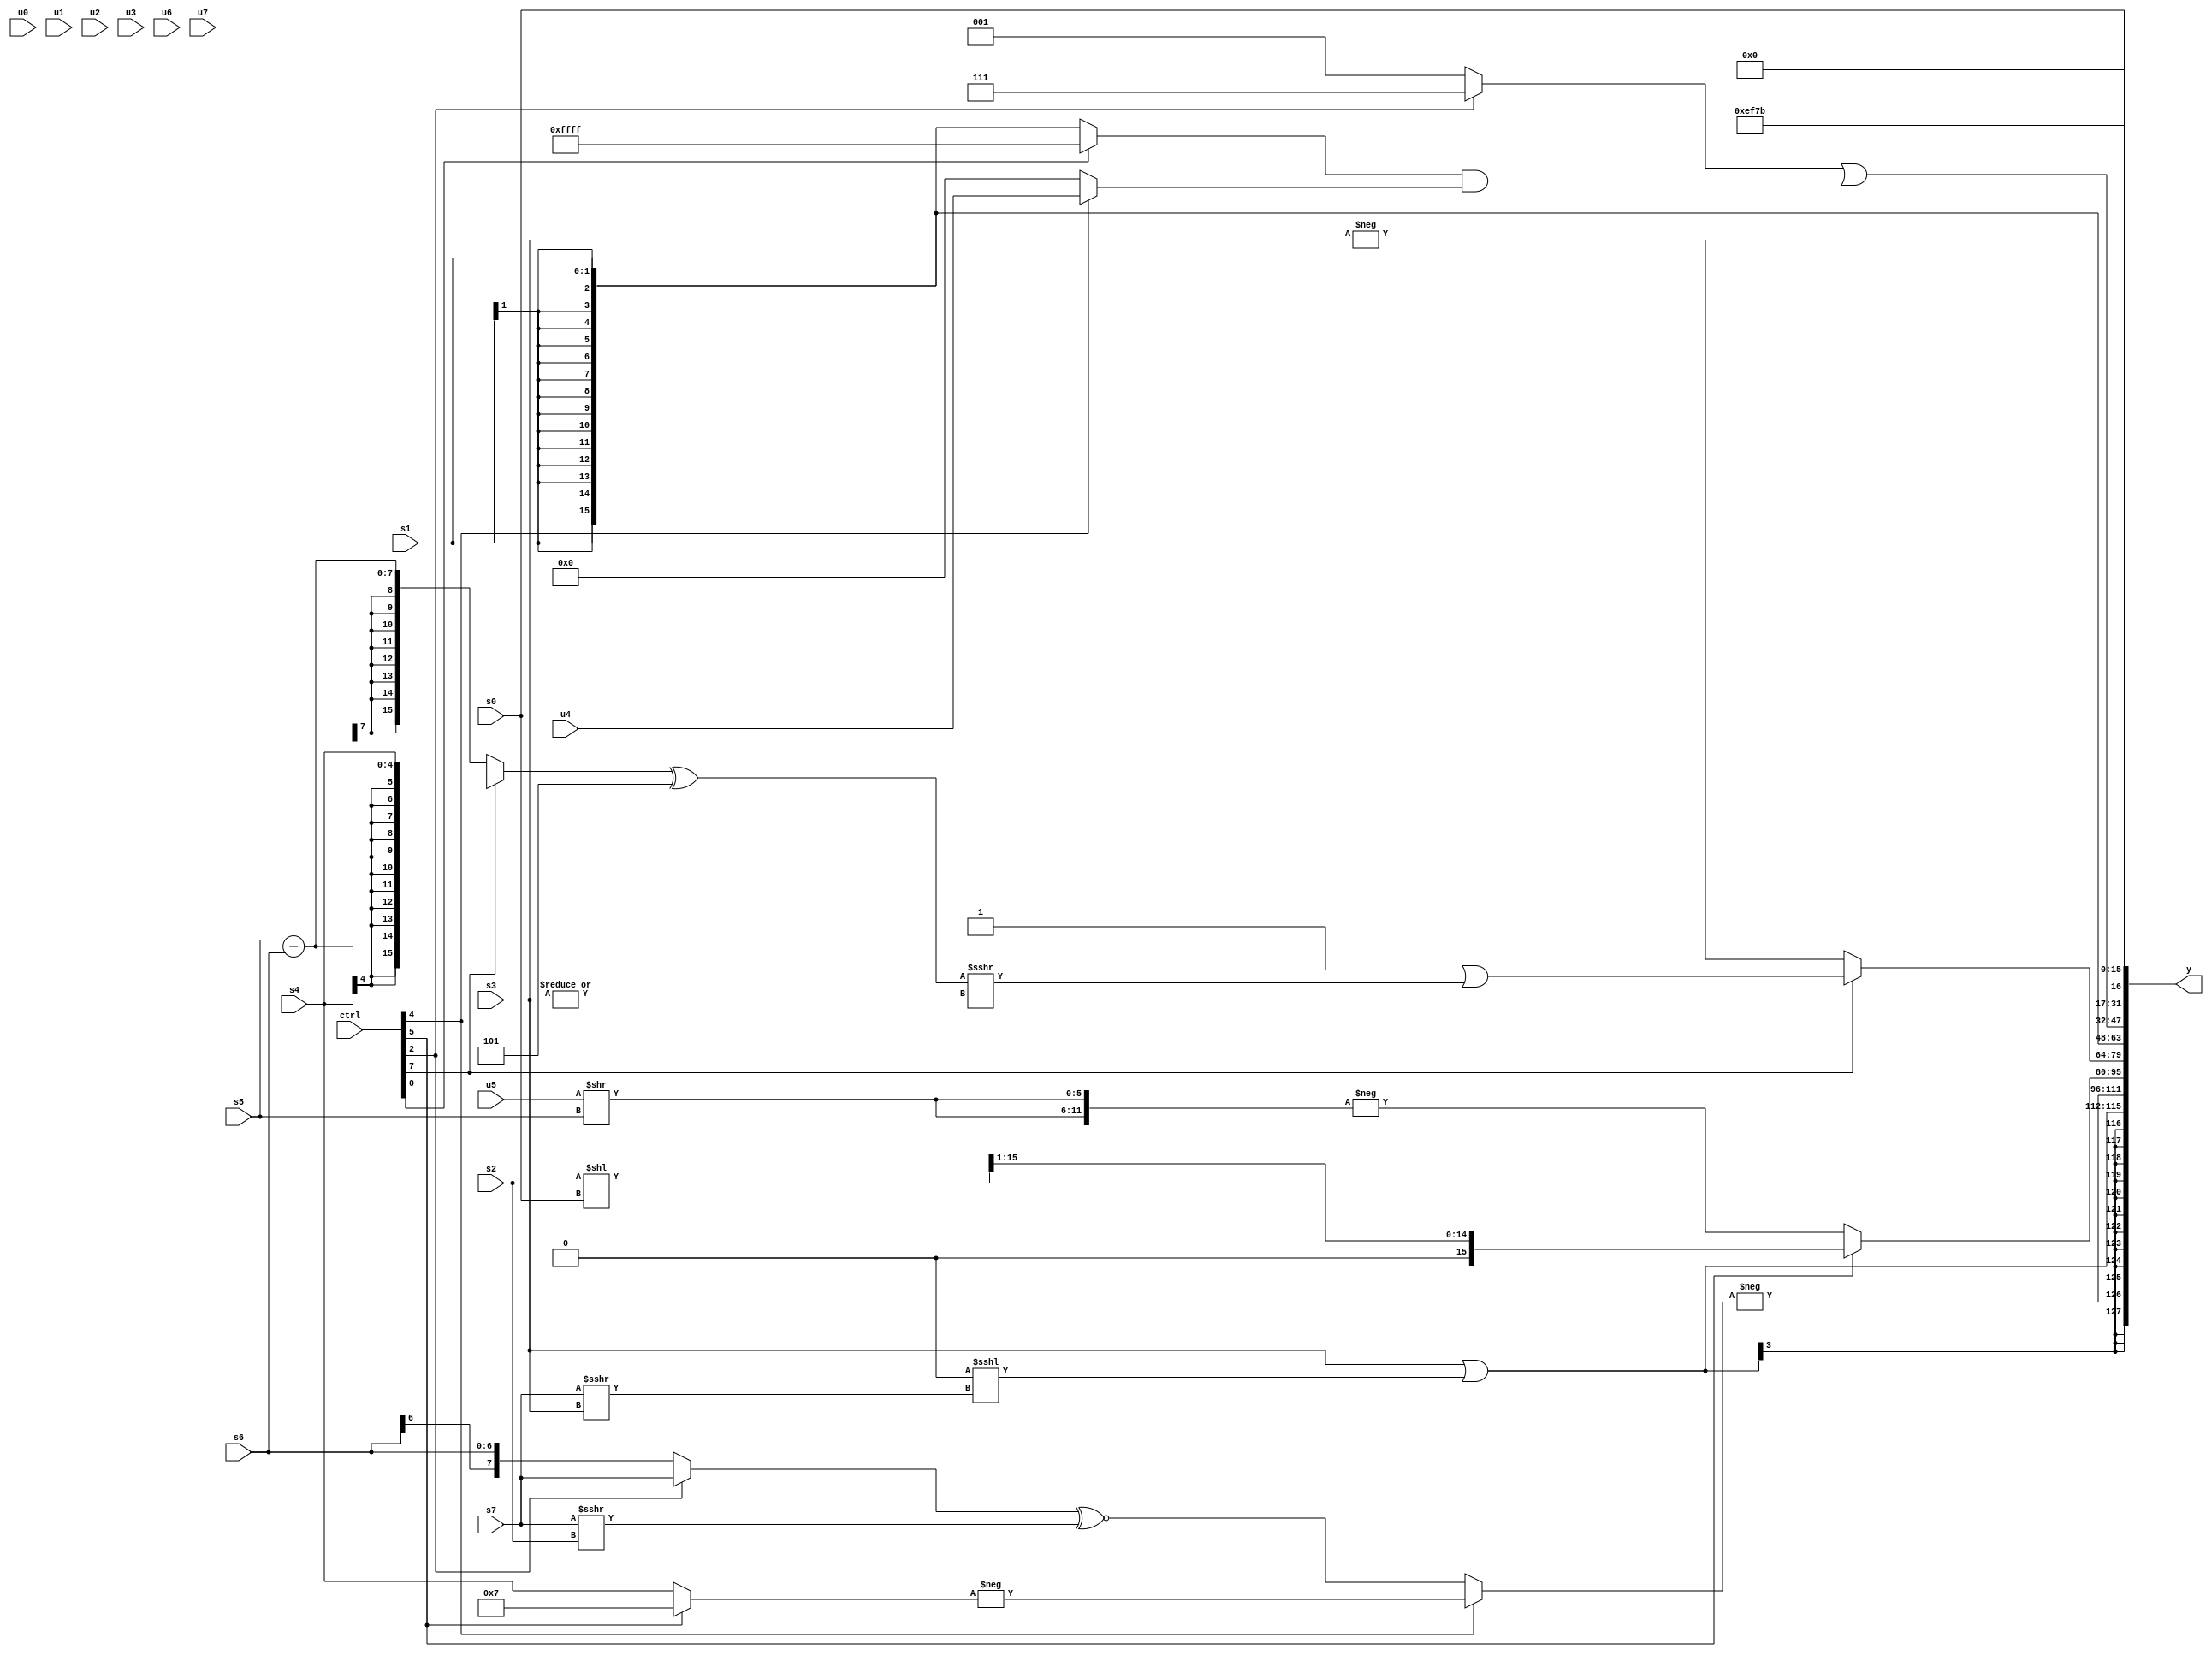
module wideexpr_00761(ctrl, u0, u1, u2, u3, u4, u5, u6, u7, s0, s1, s2, s3, s4, s5, s6, s7, y);
  input [7:0] ctrl;
  input [0:0] u0;
  input [1:0] u1;
  input [2:0] u2;
  input [3:0] u3;
  input [4:0] u4;
  input [5:0] u5;
  input [6:0] u6;
  input [7:0] u7;
  input signed [0:0] s0;
  input signed [1:0] s1;
  input signed [2:0] s2;
  input signed [3:0] s3;
  input signed [4:0] s4;
  input signed [5:0] s5;
  input signed [6:0] s6;
  input signed [7:0] s7;
  output [127:0] y;
  wire [15:0] y0;
  wire [15:0] y1;
  wire [15:0] y2;
  wire [15:0] y3;
  wire [15:0] y4;
  wire [15:0] y5;
  wire [15:0] y6;
  wire [15:0] y7;
  assign y = {y0,y1,y2,y3,y4,y5,y6,y7};
  assign y0 = (s3)|($signed($signed(($unsigned($unsigned(1'b0)))<<<(+((s7)>>>(s3))))));
  assign y1 = -($signed((ctrl[4]?-((ctrl[5]?4'sb0111:s4)):((ctrl[2]?s7:s6))^~((s7)>>>(s2)))));
  assign y2 = (ctrl[5]?((s2)<<(s0))>>($unsigned(2'sb01)):(ctrl[5]?($signed((s7)<<(s2)))>>>(4'b1010):-({2{(u5)>>(s5)}})));
  assign y3 = (ctrl[7]?($signed(1'b1))|((((ctrl[7]?(ctrl[7]?s4:s1):(s5)-(s6)))^(3'sb101))>>>(|(s3))):-(s3));
  assign y4 = s1;
  assign y5 = ((ctrl[2]?2'sb11:3'sb001))|(((ctrl[0]?(ctrl[7]?+(1'sb1):1'sb1):s1))&($signed((ctrl[4]?u4:(3'sb101)>(1'sb0)))));
  assign y6 = &({2{+(s0)}});
  assign y7 = {2{+({3{5'sb11011}})}};
endmodule